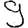
Digit: 9